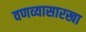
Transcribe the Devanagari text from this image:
वणव्यासारखा